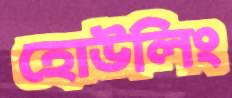
হোউলিং